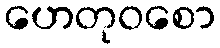
ဟေတုဝစော